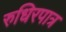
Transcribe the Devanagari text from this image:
रुधिरपात्र